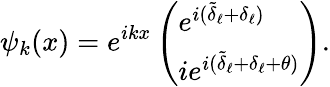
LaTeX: \psi_{k}(x)=e^{ikx}\left(\begin{array}{l}{{e^{i(\tilde{\delta}_{\ell}+\delta_{\ell})}}}\\ {{ie^{i(\tilde{\delta}_{\ell}+\delta_{\ell}+\theta)}}}\end{array}\right).